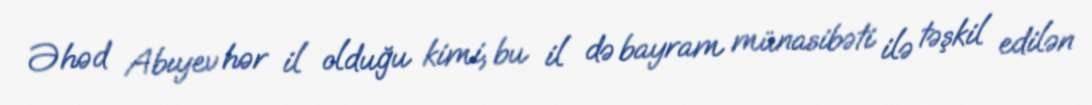
Əhəd Abıyev hər il olduğu kimi, bu il də bayram münasibəti ilə təşkil edilən